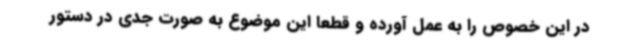
در این خصوص را به عمل آورده و قطعا این موضوع به صورت جدی در دستور